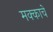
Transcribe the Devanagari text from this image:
मक्काचे